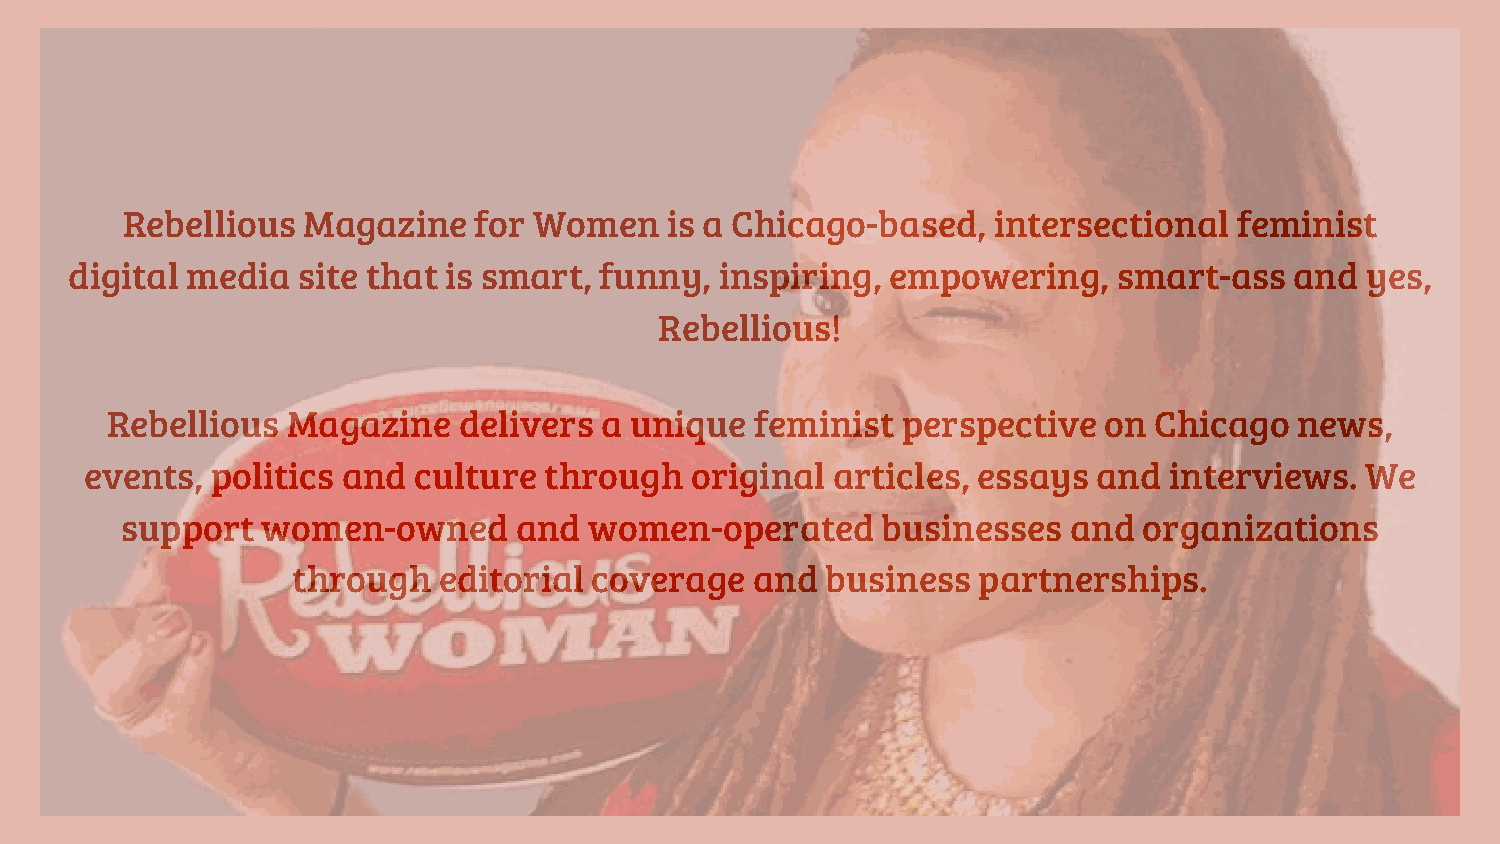
Rebellious  Magazine   for Women    is a Chicago-based,   intersectional  feminist
 digital media  site that is smart, funny,  inspiring, empowering,    smart-ass   and yes,
 Rebellious!
 Rebellious  Magazine   delivers  a unique  feminist  perspective  on Chicago   news,
 events, politics and culture  through   original articles, essays  and interviews.  We
 support  women-owned      and  women-operated     businesses   and  organizations
 through   editorial coverage   and  business  partnerships.